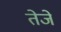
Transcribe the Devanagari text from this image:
तेजे